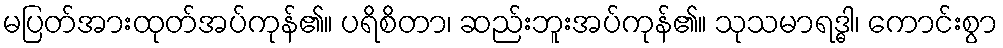
မပြတ်အားထုတ်အပ်ကုန်၏။ ပရိစိတာ၊ ဆည်းဘူးအပ်ကုန်၏။ သုသမာရဒ္ဓါ၊ ကောင်းစွာ